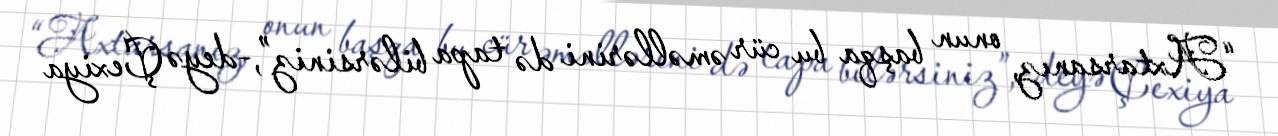
“Axtarsanız, onun başqa bu cür əməllərini də tapa bilərsiniz”,-deyə Çexiya